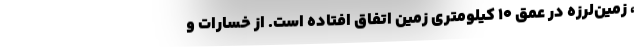
، زمین‌لرزه ‌در عمق ۱۰ کیلومتری زمین اتفاق افتاده است. از خسارات و